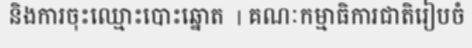
និងការចុះឈ្មោះបោះឆ្នោត  | គណៈកម្មាធិការជាតិរៀបចំ